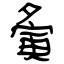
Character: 夤